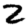
Digit: 2